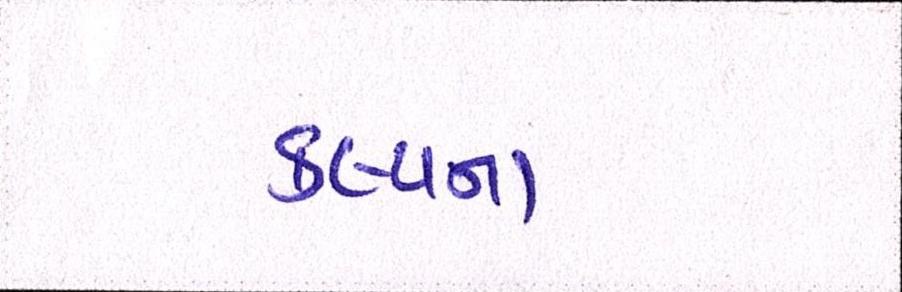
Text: કલ્પના